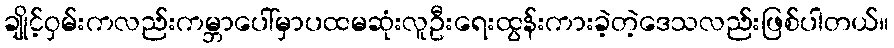
ချိုင့်ဝှမ်းကလည်းကမ္ဘာပေါ်မှာပထမဆုံးလူဦးရေးထွန်းကားခဲ့တဲ့ဒေသလည်းဖြစ်ပါတယ်။